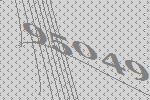
95049